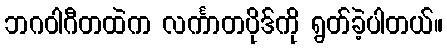
ဘဂဝါဂီတထဲက လင်္ကာတပိုဒ်ကို ရွတ်ခဲ့ပါတယ်။